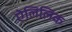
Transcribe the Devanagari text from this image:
ऐलिलिक